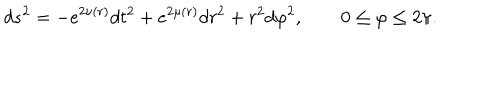
d s ^ { 2 } = - e ^ { 2 \nu ( r ) } d t ^ { 2 } + e ^ { 2 \mu ( r ) } d r ^ { 2 } + r ^ { 2 } d \varphi ^ { 2 } , \quad \quad 0 \leq \varphi \leq 2 \pi .